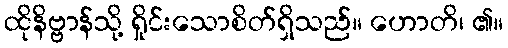
ထိုနိဗ္ဗာန်သို့ ရှိုင်းသောစိတ်ရှိသည်။ ဟောတိ၊ ၏။